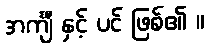
အင်္ကျီ နှင့် ပင် ဖြစ်၏ ။